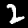
Label: 2